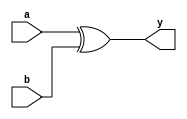
`ifndef XOR_BH
`define XOR_BH

module xor_bh(y, a, b);
    input a,b;
    output reg y;

    always@(*)
        y = a ^ b;

endmodule
`endif